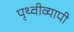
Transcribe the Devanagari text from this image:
पृथ्वीव्यापी